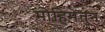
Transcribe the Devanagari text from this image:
मोहिमेतुन